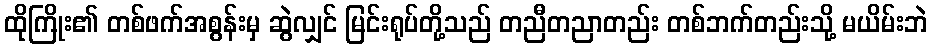
ထိုကြိုး၏ တစ်ဖက်အစွန်းမှ ဆွဲလျှင် မြင်းရုပ်တို့သည် တညီတညာတည်း တစ်ဘက်တည်းသို့ မယိမ်းဘဲ